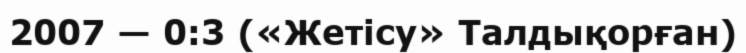
2007 — 0:3 («Жетісу» Талдықорған)